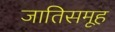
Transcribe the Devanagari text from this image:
जातिसमूह